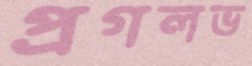
প্রগলভ